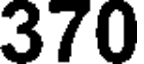
370